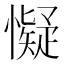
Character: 懝